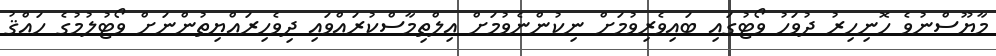
މާޔޫސްނުވެ ހޮނިހިރު ދުވަހު ވޯޓުގައި ބައިވެރިވުމަށް ނިކުންނެވުމަށް އިލްތިމާސްކުރައްވައި ދިވެހިރައްޔިތުންނަށް ވޯޓުލުމުގެ ހައްޤު